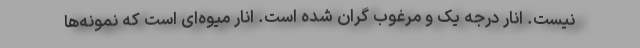
نیست. انار درجه یک و مرغوب گران شده است. انار میوه‌ای است که نمونه‌ها